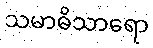
သမာဓိသာရော